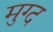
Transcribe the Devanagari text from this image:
मुग्द